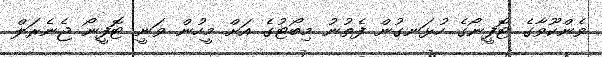
ވެންކޫވާގެ ޓޮފީނޯގެ ހުޅަނގުން ފެތުނު މިބޯޓުގެ އަށް މީހުން ވަނީ ޓޮފީނޯ ޖެނެރަލް